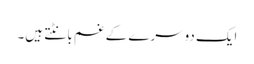
ایک دوسرے کے غم بانٹتے ہیں۔